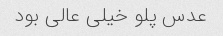
عدس پلو خیلی عالی بود